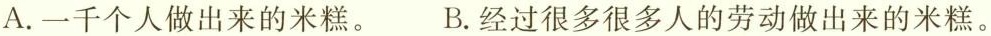
A.一千个人做出来的米糕。 B.经过很多很多人的劳动做出来的米糕。